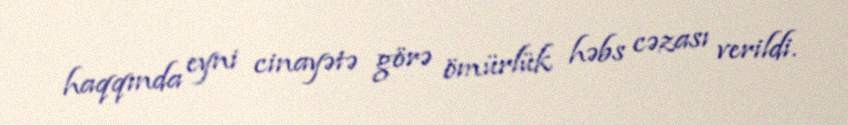
haqqında eyni cinayətə görə ömürlük həbs cəzası verildi.